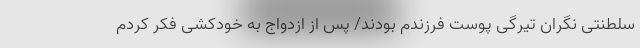
سلطنتی نگران تیرگی پوست فرزندم بودند/ پس از ازدواج به خودکشی فکر کردم